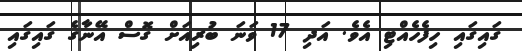
ގައިގައި ހިފެހެއްޓި އެވެ. އަދި 17 ވަނަ ބުރިއަށް ގޮސް އޭނާގެ ގައިގައި